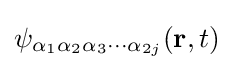
\psi _{\alpha _{1}\alpha _{2}\alpha _{3}\cdots \alpha _{2j}}(\mathbf {r} ,t)